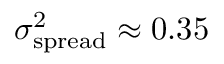
\sigma _ { \mathrm { s p r e a d } } ^ { 2 } \approx 0 . 3 5